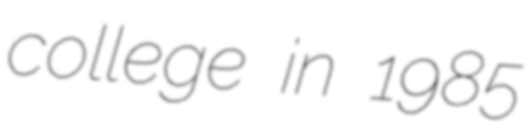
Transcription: college in 1985